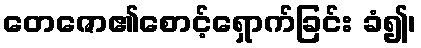
တေဇော၏စောင့်ရှောက်ခြင်း ခံ၍၊